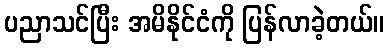
ပညာသင်ပြီး အမိနိုင်ငံကို ပြန်လာခဲ့တယ်။